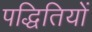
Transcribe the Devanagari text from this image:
पद्धितियों